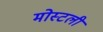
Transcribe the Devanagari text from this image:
मोस्टली